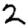
Digit: 2